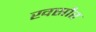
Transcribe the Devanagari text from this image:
खसौर